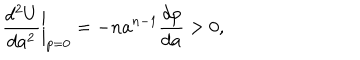
LaTeX: \biggl . \frac { d ^ { 2 } U } { d a ^ { 2 } } \biggr | _ { p = 0 } = - n a ^ { n - 1 } \frac { d p } { d a } > 0 ,